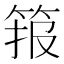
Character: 𱷾